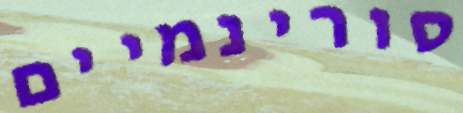
סורינמיים